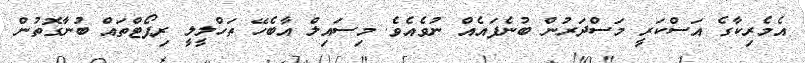
އެމެރިކާގެ އަސްކަރީ މަސްދަރުން ބުނެފައެއް ނުވެއެވެ. މިސައިލް އާބެހޭ ތަހްލީލީ ރިޕޯޓްތައް ބުނާގޮތުން